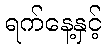
ရက်နေ့နှင့်